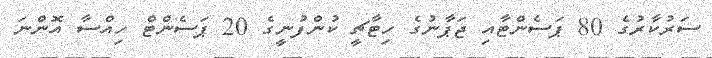
ސަރުކާރުގެ 80 ޕަސެންޓާއި ޖަޕާނުގެ ހިޓާޗީ ކުންފުނީގެ 20 ޕަސެންޓް ހިއްސާ އޮންނަ